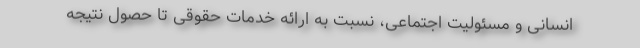
انسانی و مسئولیت اجتماعی، نسبت به ارائه خدمات حقوقی تا حصول نتیجه